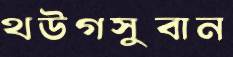
থউগসুবান